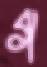
গ